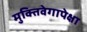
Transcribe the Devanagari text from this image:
मुक्तिवेगापेक्षा